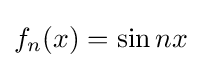
f_{n}(x)=\sin nx